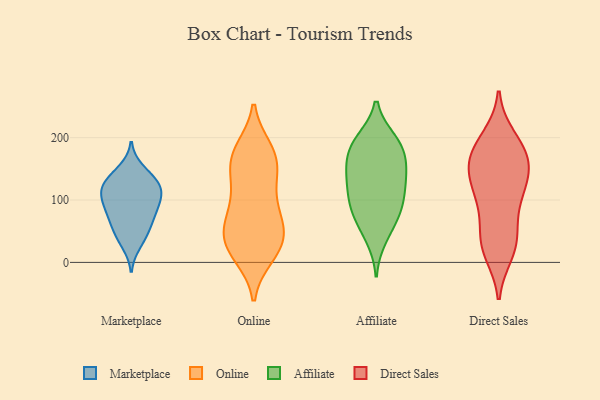
{"axis": {"x": "Operating Costs (USD K)", "y": "Value"}, "legend": ["Affiliate", "Direct Sales", "Marketplace", "Online"], "data": [{"x": "", "y": 133, "type": "Marketplace"}, {"x": "", "y": 80, "type": "Marketplace"}, {"x": "", "y": 101, "type": "Marketplace"}, {"x": "", "y": 109, "type": "Marketplace"}, {"x": "", "y": 64, "type": "Marketplace"}, {"x": "", "y": 87, "type": "Marketplace"}, {"x": "", "y": 149, "type": "Marketplace"}, {"x": "", "y": 122, "type": "Marketplace"}, {"x": "", "y": 119, "type": "Marketplace"}, {"x": "", "y": 29, "type": "Marketplace"}, {"x": "", "y": 52, "type": "Marketplace"}, {"x": "", "y": 134, "type": "Marketplace"}, {"x": "", "y": 44, "type": "Marketplace"}, {"x": "", "y": 113, "type": "Marketplace"}, {"x": "", "y": 83, "type": "Marketplace"}, {"x": "", "y": 21, "type": "Online"}, {"x": "", "y": 181, "type": "Online"}, {"x": "", "y": 47, "type": "Online"}, {"x": "", "y": 79, "type": "Online"}, {"x": "", "y": 26, "type": "Online"}, {"x": "", "y": 125, "type": "Online"}, {"x": "", "y": 78, "type": "Online"}, {"x": "", "y": 37, "type": "Online"}, {"x": "", "y": 140, "type": "Online"}, {"x": "", "y": 162, "type": "Online"}, {"x": "", "y": 54, "type": "Online"}, {"x": "", "y": 122, "type": "Online"}, {"x": "", "y": 180, "type": "Online"}, {"x": "", "y": 11, "type": "Online"}, {"x": "", "y": 14, "type": "Online"}, {"x": "", "y": 82, "type": "Online"}, {"x": "", "y": 49, "type": "Online"}, {"x": "", "y": 167, "type": "Online"}, {"x": "", "y": 170, "type": "Online"}, {"x": "", "y": 103, "type": "Affiliate"}, {"x": "", "y": 186, "type": "Affiliate"}, {"x": "", "y": 188, "type": "Affiliate"}, {"x": "", "y": 139, "type": "Affiliate"}, {"x": "", "y": 95, "type": "Affiliate"}, {"x": "", "y": 147, "type": "Affiliate"}, {"x": "", "y": 74, "type": "Affiliate"}, {"x": "", "y": 185, "type": "Affiliate"}, {"x": "", "y": 67, "type": "Affiliate"}, {"x": "", "y": 151, "type": "Affiliate"}, {"x": "", "y": 136, "type": "Affiliate"}, {"x": "", "y": 40, "type": "Affiliate"}, {"x": "", "y": 195, "type": "Affiliate"}, {"x": "", "y": 102, "type": "Affiliate"}, {"x": "", "y": 15, "type": "Direct Sales"}, {"x": "", "y": 34, "type": "Direct Sales"}, {"x": "", "y": 200, "type": "Direct Sales"}, {"x": "", "y": 125, "type": "Direct Sales"}, {"x": "", "y": 171, "type": "Direct Sales"}, {"x": "", "y": 137, "type": "Direct Sales"}, {"x": "", "y": 163, "type": "Direct Sales"}, {"x": "", "y": 97, "type": "Direct Sales"}, {"x": "", "y": 89, "type": "Direct Sales"}, {"x": "", "y": 179, "type": "Direct Sales"}, {"x": "", "y": 33, "type": "Direct Sales"}, {"x": "", "y": 194, "type": "Direct Sales"}, {"x": "", "y": 112, "type": "Direct Sales"}, {"x": "", "y": 134, "type": "Direct Sales"}, {"x": "", "y": 167, "type": "Direct Sales"}, {"x": "", "y": 20, "type": "Direct Sales"}, {"x": "", "y": 154, "type": "Direct Sales"}, {"x": "", "y": 50, "type": "Direct Sales"}]}